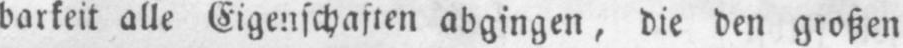
barkeit alle Eigenschaften abgingen, die den großen